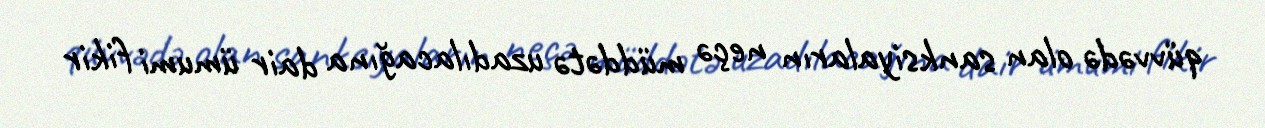
qüvvədə olan sanksiyaların neçə müddətə uzadılacağına dair ümumi fikir